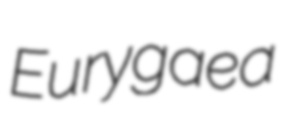
Eurygaea